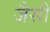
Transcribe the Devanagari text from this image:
जैसीं